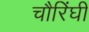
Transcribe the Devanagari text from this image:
चौरिंघी